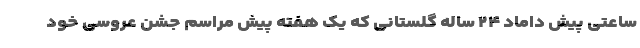
ساعتی پیش داماد ۲۴ ساله گلستانی که یک هفته پیش مراسم جشن عروسی خود